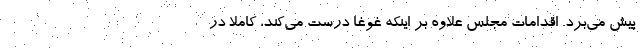
پیش می‌برد. اقدامات مجلس علاوه بر اینکه غوغا درست می‌کند، کاملا در